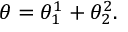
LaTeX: \theta = \theta _ { 1 } ^ { 1 } + \theta _ { 2 } ^ { 2 } .